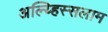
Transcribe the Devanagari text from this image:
अल्य्हिस्सलाम